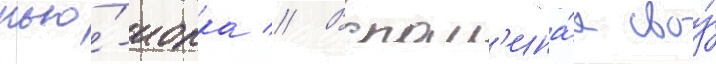
нью́-иорка // Вспом'ина́я своу́